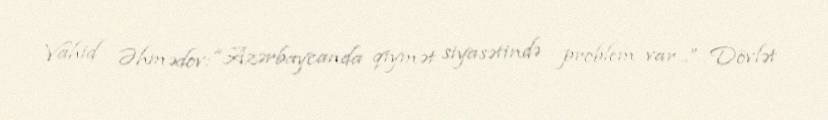
Vahid Əhmədov: “Azərbaycanda qiymət siyasətində problem var...” Dövlət